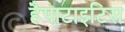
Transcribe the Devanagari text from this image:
हैपाटाइटिस